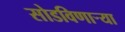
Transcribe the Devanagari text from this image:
सोडविणाऱ्या